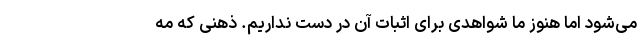
می‌شود اما هنوز ما شواهدی برای اثبات آن در دست نداریم. ذهنی که مه